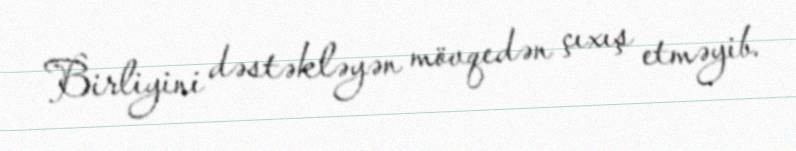
Birliyini dəstəkləyən mövqedən çıxış etməyib.